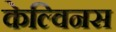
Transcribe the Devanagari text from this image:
केल्विनस